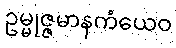
ဥမ္မုဇ္ဇမာနကံယေဝ